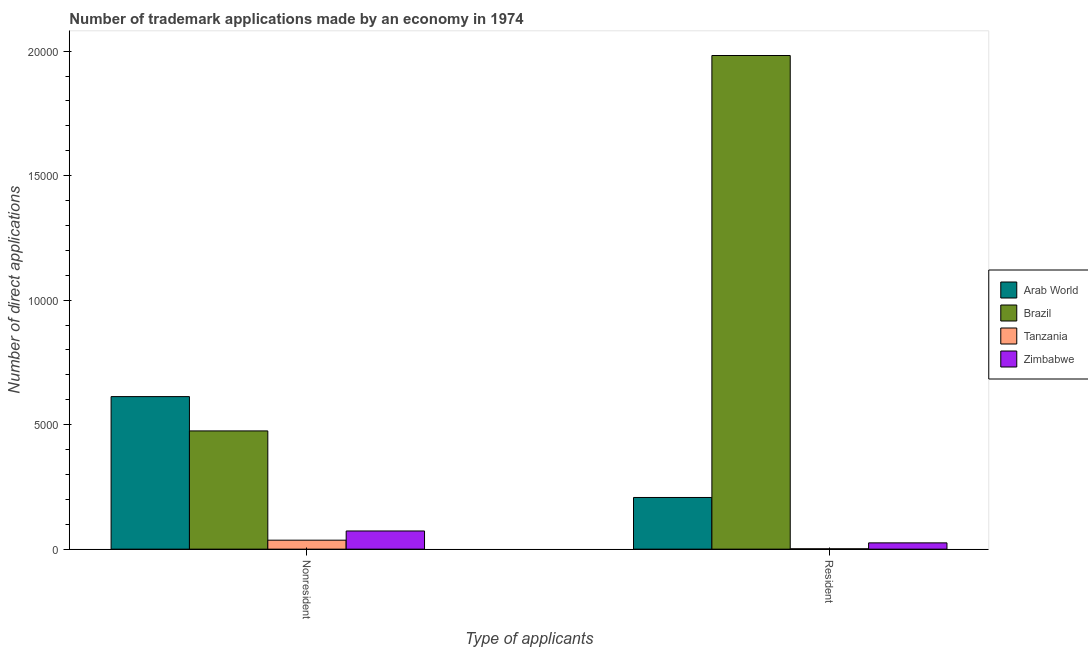
| Type of applicants | Arab World | Brazil | Tanzania | Zimbabwe |
 | --- | --- | --- | --- | --- |
 | Nonresident | 6.13e+03 | 4.75e+03 | 360 | 730 |
 | Resident | 2.08e+03 | 1.98e+04 | 14 | 252 |